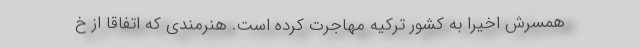
همسرش اخیرا به کشور ترکیه مهاجرت کرده است. هنرمندی که اتفاقا از خ